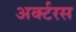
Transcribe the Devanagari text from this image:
अर्क्टरस